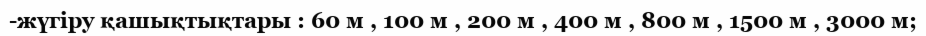
-жүгіру қашықтықтары : 60 м , 100 м , 200 м , 400 м , 800 м , 1500 м , 3000 м;